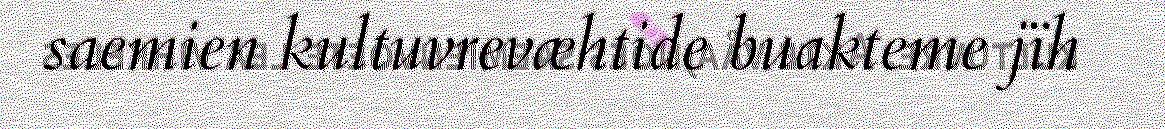
saemien kultuvrevæhtide buakteme jïh